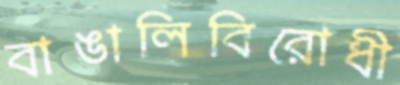
বাঙালিবিরোধী